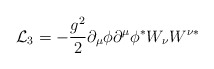
\begin{align*}{\cal L}_3 = -\frac{g^2}{2} \partial _{\mu} \phi \partial ^{\mu}\phi ^{\ast} W_{\nu} W^{\nu \ast}\end{align*}